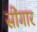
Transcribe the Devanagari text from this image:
सींगार